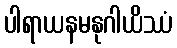
ပါရာယနမနုဂါယိဿံ